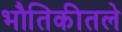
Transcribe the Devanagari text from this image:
भौतिकीतले